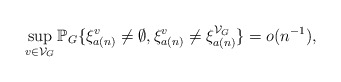
\begin{align*}\sup_{v\in \mathcal{V}_G}\mathbb{P}_G\{\xi^{v}_{a(n)}\neq \emptyset, \xi^{v}_{a(n)}\neq \xi^{\mathcal{V}_G}_{a(n)} \}=o(n^{-1}),\end{align*}